Vaccination in Bombay 1902-1912 - 1902-1912
Year: 1902
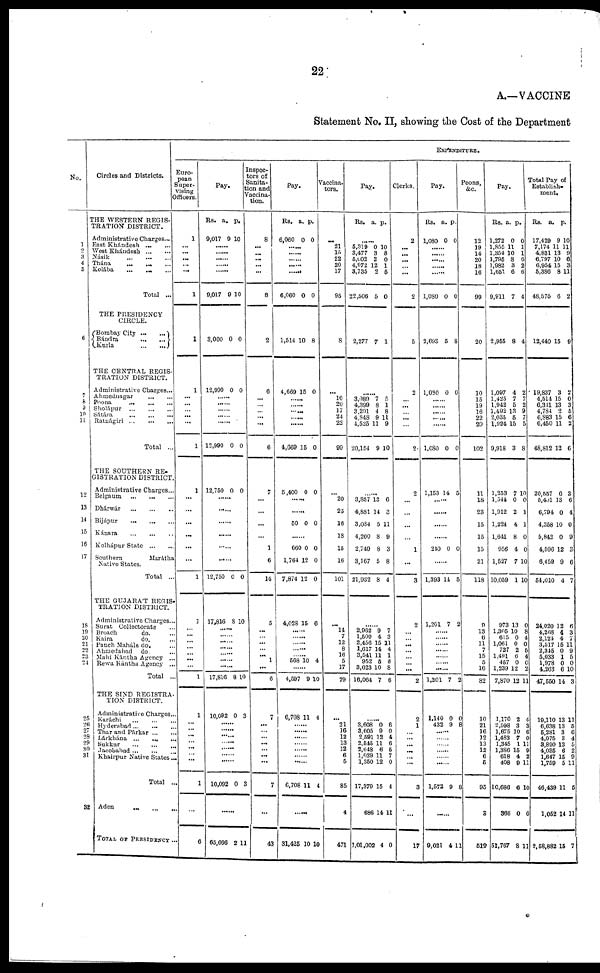
22
A.—VACCINE
Statement No. II, showing the Cost of the Department
No.
1
2
3
4
5
6
7
8
9
10
11
12
13
14
15
16
17
18
19
20 21
22 23
24
25
26 27
29
30
31
32
Circles and Districts.
THE WESTERN REGIS-
TRATION DISTRICT.
Administrative Charges...
East Khándesh
...
...
West Khándesh
...
...
Násik
...
...
...
Thána
...
...
...
Kolába ... ... ...
Total ...
THE PRESIDENCY
CIRCLE.
Bombay City ... ...
Bándra
...
...
Kurla
...
...
THE CENTRAL REGIS-
TRATION DISTRICT.
Administrative Charges...
Ahmednagar
...
...
Poona
...
...
...
Sholápur
...
...
...
Sátára
...
...
...
...
Ratnágiri
...
...
...
Total ...
THE SOUTHERN RE-
GISTRATION DISTRICT.
Administrative Charges...
Belgaum ... ... ...
Dhárwár
...
...
...
Bijápur
...
...
...
Kánara
...
...
...
Kolhápur State
...
...
Southern
Marátha
Native States.
Total ...
THE GUJARAT REGIS-
TRATION DISTRICT.
Administrative Charges...
Surat Collectorate ...
Broach
do. ...
Kaira
do. ...
Panch Maháls do. ...
Ahmedabad
do. ...
Mahi Kántha Agency ...
Rewa Kántha Agency ...
Total ...
THE SIND REGISTRA-
TION DISTRICT.
Administrative Charges...
Karáchi ... ... ...
Hyderabad
...
...
...
Thar and Párkar ... ...
Lárkhána
...
...
...
Sukkur
...
...
...
Jacobabad
...
...
...
Khairpur Native States ...
Total ...
Aden
...
...
...
TOTAL OF PRESIDENCY ...
EXPENDITURE.
Euro-
pean
Super-
vising
Officers.
1
...
...
...
...
...
1
1
1
...
...
... ...
...
1
1
...
...
...
...
...
...
1
1
... ...
...
... ...
...
...
1
1
...
... ...
... ...
... ...
1
...
6
Pay.
Rs.
9,017
a.
9
p.
10
......
......
......
9,017
3,000
12,990
0
0
0
10
0
0
......
......
......
......
12,990
12,750
0
0
0
0
......
......
......
12,750
17,816
0
8
0
10
......
......
......
......
17,816
10,092
8
0
10
3
.
......
......
......
......
10,092 0 3
65,666 2 11
Inspec-
tors of
Sanita-
tion and
Vaccina-
tion.
8
...
...
...
...
...
8
2
6
...
...
... ...
...
6
7
...
...
...
...
1
6
11
5
...
... ...
... ... 1
...
6
7
...
...
... ...
...
... ...
7
...
43
Pay.
Rs.
6,060
a.
0
p.
0
......
......
......
......
6,060
1,514
4,669
0
10
15
0
8
0
......
......
......
......
......
4,669
5,400
15
0
0
0
......
50 0 0
......
660
1,764
7,874
4,028
0
12
12
15
0
0
0
6
...
...
...
...... 568 10 4
......
4,597
6,708
9
11
10
4
...... .
......
...... ......
......
......
6,708 11 4
31,425 10 10
Vaccina-
tors.
...
21
15
22
20
17
95
8
...
16
20
17
24
22
99
...
20
25
16
18
15
16
101
...
14
7
12
8
16
5
17
79
...
21
16
12
13
12
6
5
85
4
471
Pay.
Rs. a. p.
......
5,319
3,477
5,002
4,972
3,735
22,506
2,277
0
3
2
12
2
5
7
10
8
0
1
5
0
1
......
3,089
4,399
3,291
4,848
4,525
20,154
7
8
4
9
11
9
5
1
8
11
9
10
...
3,857
4,881
3,084
4,200
2,740
3,167
21,932
13
14
5
8
8
5
8
6
3
11
9
3
8
4
...
2,962
1,509
2,456
1,617
3,541
952
3,023
16,064
9
4
15
14
11 5
10
7
7
3
11
4
1
8
8
6
......
3,608
3,605
2,591
2,545
2,648
1,029
1,350
17,379
686
1,01,002
0 9
12
11
6
11
12
15
14
4
6
0
4
6
5
7
0
4
11
0
Clerks.
2
... ...
...
...
...
2
5
2
... ...
... ...
...
2
2
...
...
...
...
1
...
3
2
...
...
...
...
...
... ...
2
2
1
...
...
...
...
... ...
3
...
17
Pay.
Rs.
1,080
a.
0
p.
0
......
......
......
......
......
1,080
2,693
1,080
0
5
0
0
8
0
......
......
1,080
1,153
0
14
0
5
......
......
......
240 0 0
......
1,393
1,201
14
7
5
2
......
......
......
......
......
......
......
1,201
1,140
432
7
0
9
2
0
8
......
......
......
......
......
1,572 9 8
9,021 4 11
Peons,
& c.
12
19
14
20
18
16
99
20
10
15
19
16
22
20
102
11
18
23
15
15
15
21
118
9
13
6
11
7
15
5
16
82
10
21
16
12
13
12
6
5
95
3
519
Pay.
Rs.
1,272
1,855
1,354
1,795
1,982
1,651
9,911
2,955
1,097
1,425
1,942
1,492
2,035
1,924
9,918
1,253
1,544
1,912
1,224
1,641
956
1,527
10,059
973
1,305
615
1,061
727
1,491
457
1,239
7,870
1,170
2,598
l,675
1,483
1,345
1,386
618
408
10,686
366
51,767
a.
0
11
10
8
3
6
7
8
4
7
5
13
5
15
3
7
0
2
4
8
4
7
1
13
10
0
0
2
6
0
12
12
2
3
10
7
1
15
4
9
6
0
8
p.
0
1
1
6
2
6
4
4
2
7
2
9
7
5
8
10
0
1
1
0
0
10
10
0
8
4
0
5
4
0 2
11
4
3
6
0
11
9 2
11
10
0
11
Total Pay of
Establish-
ment.
Rs.
17,429
7,174
4,831
6,797
6,954
5,386
48,575
12,440
19,837
4,514
6,311
4,784
6,883
6,450
48,812
20,557
5,401
6,794
4,358
5,843
4,596
6,459
54,010
24,020
4,268
2,124
3,517
2,345
5,033
1,978
4,263
47,550
19,110
6,638
5,281
4,075
3,890
4,035
1,647
1,759
46,439
1,052
2,58,882
a.
9
11
13
10
15
8
6
15
3
15
13
2
15
11
12
6
13
0
10
0
12
9
4
12
4
4
15
0
1
0
6
14
13
13
3
3
13
6
15
5
11
14
15
p.
10
11
9
6
3
11
2
9
2
0
3
5
6
2
6
3
6
4
0
9
3
6
7
6
3
7
11
9
5
0
10
3
11
5
6
4
5
2
9
11
5
11
7